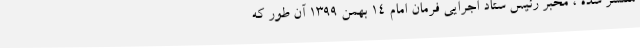
منتشر شده ، مخبر رئیس ستاد اجرایی فرمان امام ۱۴ بهمن ۱۳۹۹ آن طور که